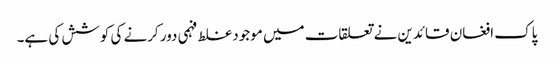
پاک افغان قائدین نے تعلقات میں موجود غلط فہمی دور کرنے کی کوشش کی ہے۔